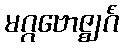
မဂ္ဂဗောဇ္ဈင်္ဂံ